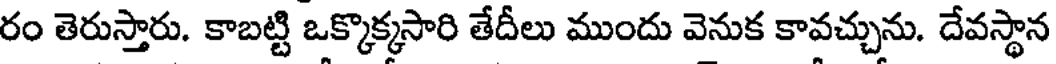
రం తెరుస్తారు. కాబట్టి ఒక్కొక్కసారి తేదీలు ముందు వెనుక కావచ్చును. దేవస్థాన